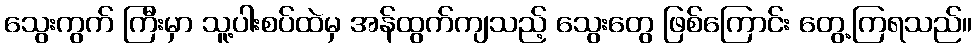
သွေးကွက် ကြီးမှာ သူ့ပါးစပ်ထဲမှ အန်ထွက်ကျသည့် သွေးတွေ ဖြစ်ကြောင်း တွေ့ကြရသည်။